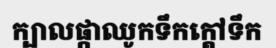
ក្បាលផ្កាឈូកទឹកក្តៅទឹក